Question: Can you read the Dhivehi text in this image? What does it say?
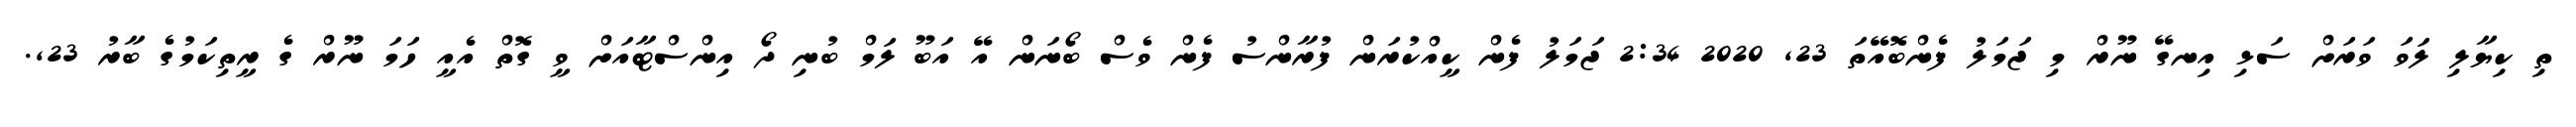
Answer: ތި ކިޔާލި ލަވަ ވަރަށް ސަޅި އިނގޭ ނޫރް މި ޖަމަލު ފެންބޮއޭތަ 23, 2020 2:34 ޖަމަލު ފެން ކީއްކުރަން ފުރާންސު ފެން ވެސް ބޯނަން އޭ އަބޫ ލަމް ބުނި ދޯ އިންސްޓާއަށް ވީ ގޮތް އެއީ ހަމަ ނޫރް ގެ ރީތިކަމުގެ ބާރު 23,.